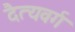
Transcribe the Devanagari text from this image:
दैत्यवर्ग